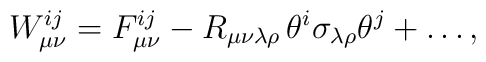
W_{\mu\nu}^{ij}=F_{\mu\nu}^{ij}-R_{\mu\nu\lambda\rho}\,\theta^i\sigma_{\lambda\rho}\theta^j+\dots,